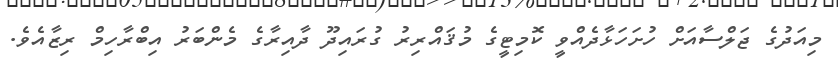
މިއަދުގެ ޖަލްސާއަށް ހުށަހަޅާދެއްވީ ކޮމިޓީގެ މުޤައްރިރު ގުރައިދޫ ދާއިރާގެ މެންބަރު އިބްރާހިމް ރިޒާއެވެ.